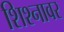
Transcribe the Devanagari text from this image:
शिश्नावर